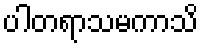
ပါတရာသမကာသိ